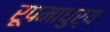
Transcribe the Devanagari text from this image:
रूपमाधुर्य